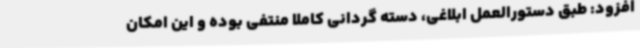
افزود: طبق دستورالعمل ابلاغی، دسته گردانی کاملا منتفی بوده و این امکان